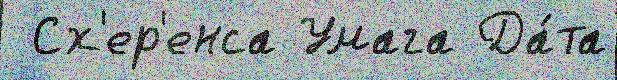
 Сх'ер'енса Умага Да́та